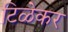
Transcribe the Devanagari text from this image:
टिळेकर